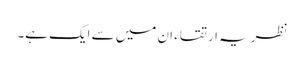
نظریہ ارتقاء ان میں سے ایک ہے۔